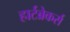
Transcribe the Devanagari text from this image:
हार्टब्रेकर्स